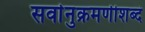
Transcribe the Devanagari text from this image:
सर्वानुक्रमणीशब्दं